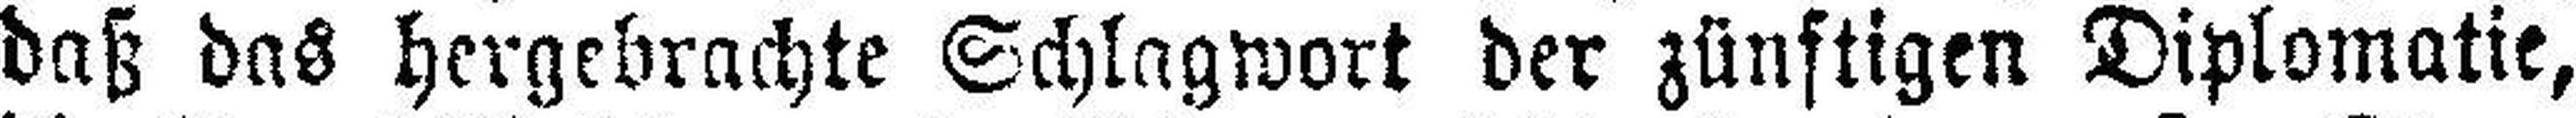
daß das hergebrachte Schlagwort der zünftigen Diplomatie,